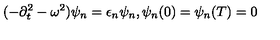
( - \partial _ { t } ^ { 2 } - \omega ^ { 2 } ) \psi _ { n } = \epsilon _ { n } \psi _ { n } , \psi _ { n } ( 0 ) = \psi _ { n } ( T ) = 0